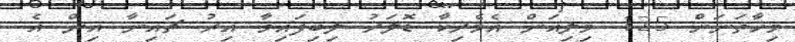
މިހާތަނަށް 125 މިލިއަން އެމެރިކާ ޑޮލަރު ލިބިފައިވާ އިރު ޗައިނާ އިން އެ